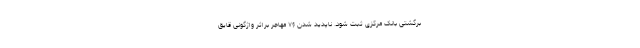
برگشتی بانک مرکزی ثبت شود. ناپدید شدن ۷۶ مهاجر براثر واژگونی قایق